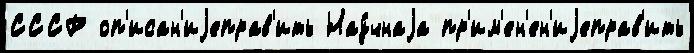
СССР оп'исан'иjеправ'ить Нау́чнаjа пр'им'ен'ен'иjеправ'ить